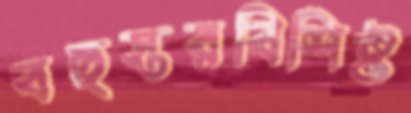
বহুস্তরবিশিষ্ট